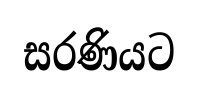
සරණියට